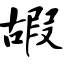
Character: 嘏